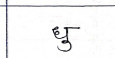
मजकूर: धु